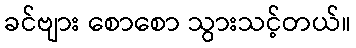
ခင်ဗျား စောစော သွားသင့်တယ်။